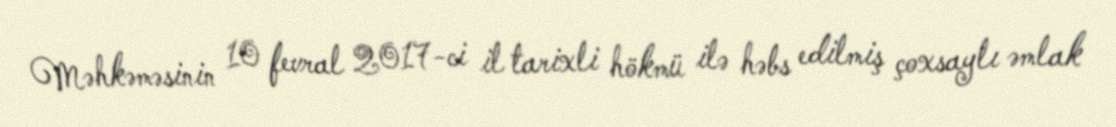
Məhkəməsinin 10 fevral 2017-ci il tarixli hökmü ilə həbs edilmiş çoxsaylı əmlak